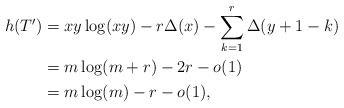
\begin{align*} h(T')&=xy \log(xy) - r \Delta(x) -\sum_{k=1}^{r} \Delta(y+1-k)\\ &= m\log(m+r) -2r -o(1)\\ &= m\log(m)-r-o(1), \end{align*}